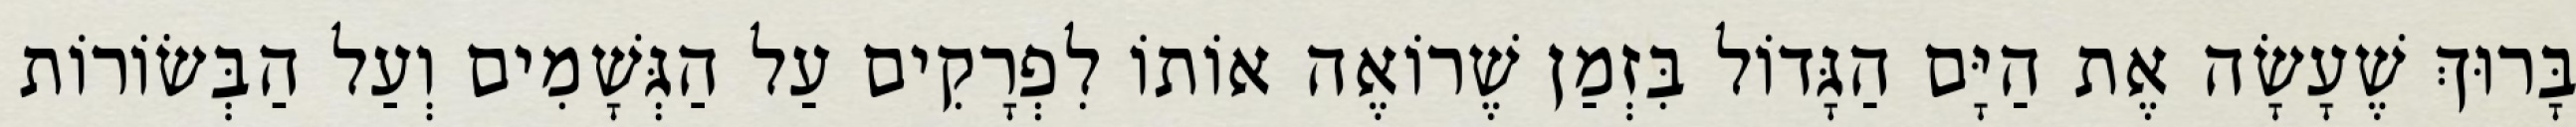
בָּרוּךְ שֶׁעָשָׂה אֶת הַיָּם הַגָּדוֹל בִּזְמַן שֶׁרוֹאֶה אוֹתוֹ לִפְרָקִים עַל הַגְּשָׁמִים וְעַל הַבְּשׂוֹרוֹת